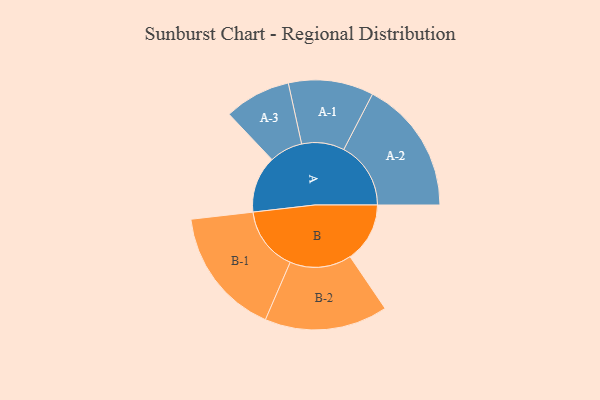
{"axis": {"x": "Segment", "y": "Value"}, "legend": ["", "A", "B"], "data": [{"x": "A", "y": 251, "type": ""}, {"x": "B", "y": 264, "type": ""}, {"x": "A-1", "y": 188, "type": "A"}, {"x": "A-2", "y": 296, "type": "A"}, {"x": "A-3", "y": 147, "type": "A"}, {"x": "B-1", "y": 284, "type": "B"}, {"x": "B-2", "y": 272, "type": "B"}]}